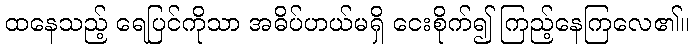
ထနေသည့် ရေပြင်ကိုသာ အဓိပ်ပာယ်မရှိ ငေးစိုက်၍ ကြည့်နေကြလေ၏။